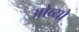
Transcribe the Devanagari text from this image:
ओव्यो